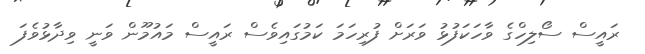
ރައީސް ސޯލިހްގެ ވާހަކަފުޅު ވަރަށް ފުރިހަމަ ކަމުގައިވެސް ރައީސް މައުމޫން ވަނީ ވިދާޅުވެފަ